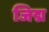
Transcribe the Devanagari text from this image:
जिद्म